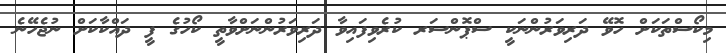
މިކޯސްތަކަށް ހޮވޭ ދަރިވަރުންނަކީ ސްޕޮންސަރ ކުރެވިފައިވާ ދަރިވަރުންނަށްވާތީ ކޯހުގެ ފީ ދައްކާކަށް ނުޖެހޭނެ